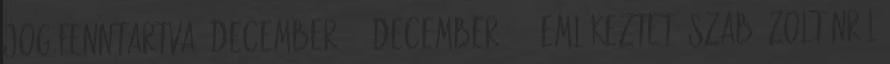
jog fenntartva. December 13. December 13.: Emlékeztető Szabó Zoltánról